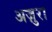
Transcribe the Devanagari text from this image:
अज़ुरा